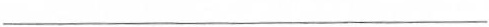
___